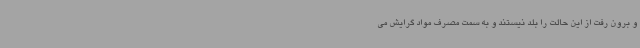
و برون رفت از این حالت را بلد نیستند و به سمت مصرف مواد گرایش می‌